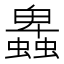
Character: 𧓎